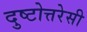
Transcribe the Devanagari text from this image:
दुष्टोत्तरेसी